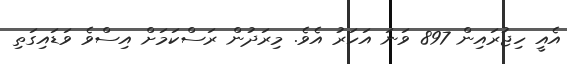
އެއީ ހިޖުރައިން 897 ވަނަ އަހަރު އެވެ. މިރަދުން ރަސްކަމަށް އިސްވެ ވަޑައިގަތި